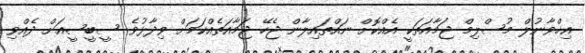
އިޚްވާނުލް މުސްލިމް ޖަމާއަތަކީ އެއްކޮށް ނައްތައިލާން ޖެހޭ ޖަމާއަތެއްކަމަށް ވިދާޅުވެ ސީބީސީއަށް ދެއްވި